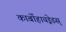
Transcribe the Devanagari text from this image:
कार्बोहायड्रेडस्